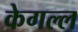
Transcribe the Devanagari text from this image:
केगल्ल